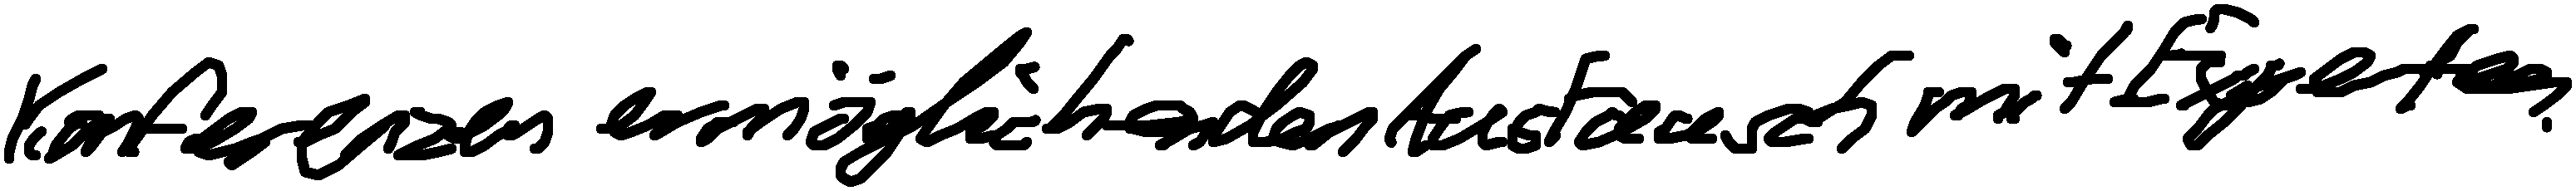
Konferenzen ermöglichen den Austausch mit Experten.